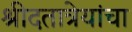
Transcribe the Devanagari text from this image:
श्रीदतात्रेयांचा